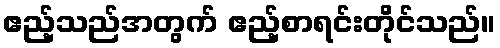
ဧည့်သည်အတွက် ဧည့်စာရင်းတိုင်သည်။